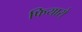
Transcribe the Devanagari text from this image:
फियारो